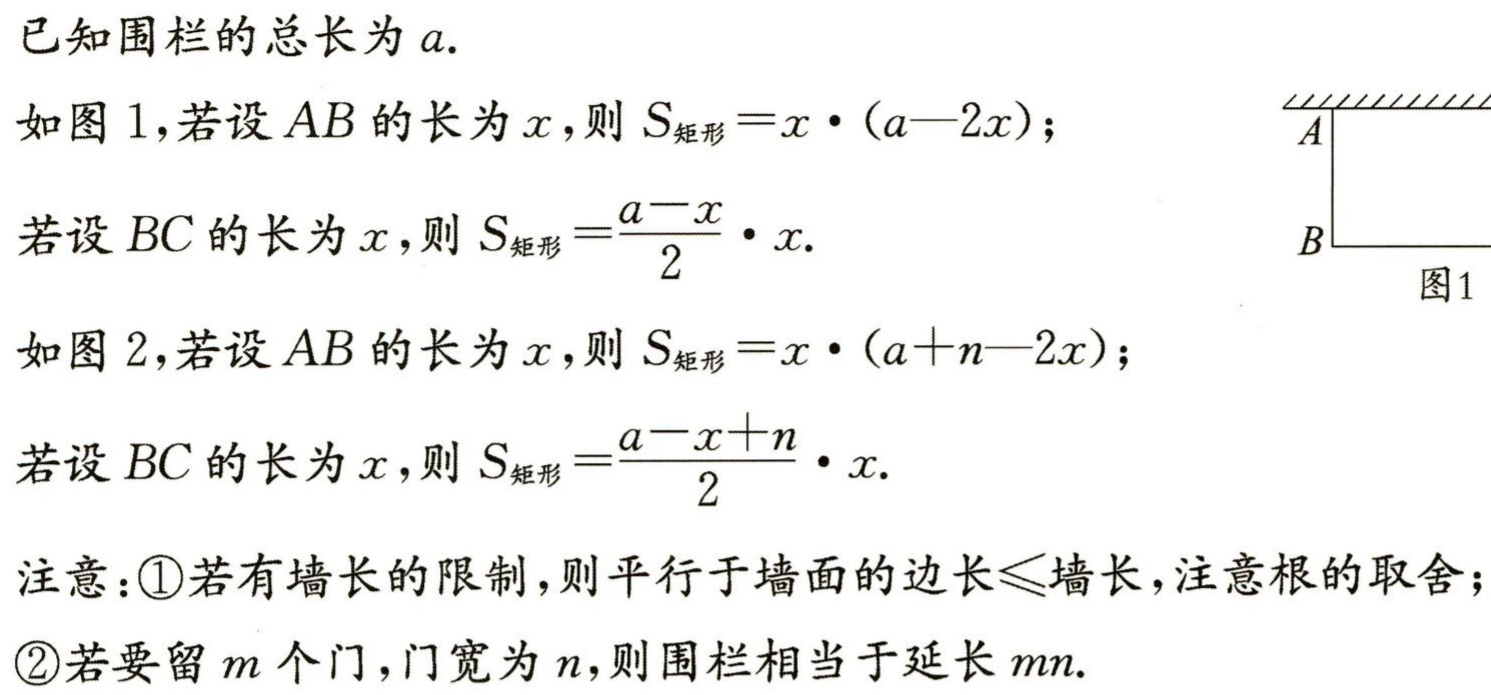
已知围栏的总长为\(a\).
如图1，若设\(AB\)的长为\(x\)，则\(S_{矩形}=x\cdot(a - 2x)\)；
若设\(BC\)的长为\(x\)，则\(S_{矩形}=\frac{a - x}{2}\cdot x\).
如图2，若设\(AB\)的长为\(x\)，则\(S_{矩形}=x\cdot(a + n - 2x)\)；
若设\(BC\)的长为\(x\)，则\(S_{矩形}=\frac{a - x + n}{2}\cdot x\).
注意：\textcircled{1}若有墙长的限制，则平行于墙面的边长\(\leq\)墙长，注意根的取舍；
\textcircled{2}若要留\(m\)个门，门宽为\(n\)，则围栏相当于延长\(mn\).